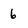
Character: 6